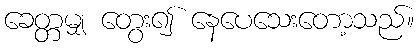
ခေတ္တမျှ တွေး၍ နေပေသေးတော့သည်။